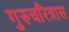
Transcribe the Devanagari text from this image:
गुरुचरित्रास